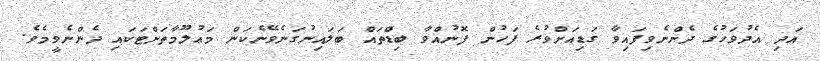
އަދި އެދުވަހުގެ ދެންނެވިފައިވާ ގަޑިއަށްވުރެ ފަހުން ފޮނުއްވާ ބިޑްތައް ބަލައިނުގަނެވޭނެކަން މަޢުލޫމާތަށްޓަކައި ދެންނެވީމެވެ.